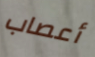
أعصاب